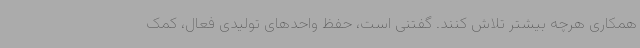
همکاری هرچه بیشتر تلاش کنند. گفتنی است، حفظ واحدهای تولیدی فعال، کمک